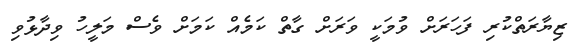
ޒިޔާރަތްކުރި ފަހަރަށް ވުމަކީ ވަރަށް ގާތް ކަމެއް ކަމަށް ވެސް މަލީހު ވިދާޅުވި